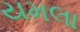
યમલા